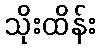
သိုးထိန်း